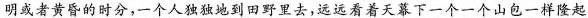
明或者黄昏的时分，一个人独独地到田野里去,远远看着天幕下一个一个山包一样隆起